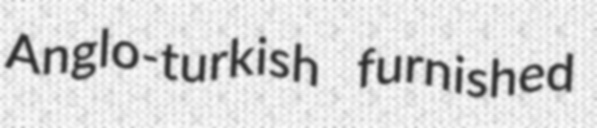
Anglo-turkish furnished